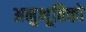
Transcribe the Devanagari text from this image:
अनुभूतिको